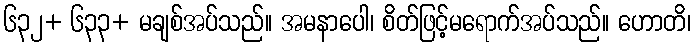
၆၃၂+ ၆၃၃+ မချစ်အပ်သည်။ အမနာပေါ၊ စိတ်ဖြင့်မရောက်အပ်သည်။ ဟောတိ၊